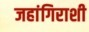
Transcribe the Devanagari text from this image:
जहांगिराशी